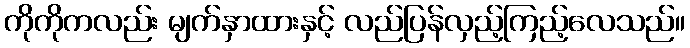
ကိုကိုကလည်း မျက်နှာထားနှင့် လည်ပြန်လှည့်ကြည့်လေသည်။